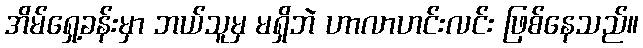
အိမ်ရှေ့ခန်းမှာ ဘယ်သူမှ မရှိဘဲ ဟာလာဟင်းလင်း ဖြစ်နေသည်။